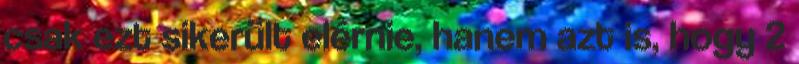
csak ezt sikerült elérnie, hanem azt is, hogy 2